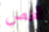
شخص